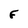
Character: F